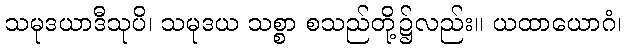
သမုဒယာဒီသုပိ၊ သမုဒယ သစ္စာ စသည်တို့၌လည်း။ ယထာယောဂံ၊